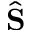
\hat { \bf S }